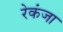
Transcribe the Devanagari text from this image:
रेकंजा